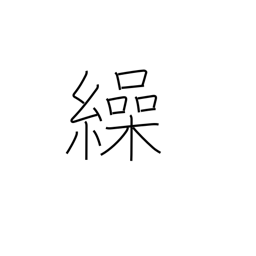
Meaning: refer to